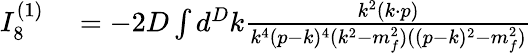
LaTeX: \begin{array}{rl}{I_{8}^{(1)}}&{{}=-2D\int d^{D}k\frac{k^{2}(k\cdot p)}{k^{4}(p-k)^{4}(k^{2}-m_{f}^{2})((p-k)^{2}-m_{f}^{2})}}\end{array}